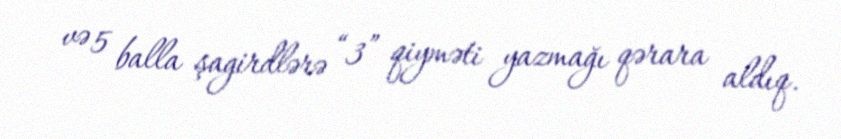
və 5 balla şagirdlərə “3” qiyməti yazmağı qərara aldıq.